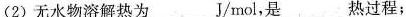
(2)无水物溶解热为___J/mol，是___热过程；